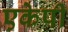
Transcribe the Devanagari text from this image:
एकेपी